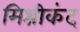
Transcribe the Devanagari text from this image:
मिश्रीकंद